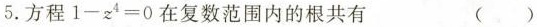
5.方程 $$1 - z ^ { 4 } = 0$$ 在复数范围内的根共有 ( )